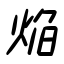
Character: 焔